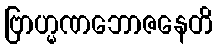
ဗြာဟ္မဏဘောဇနေတိ